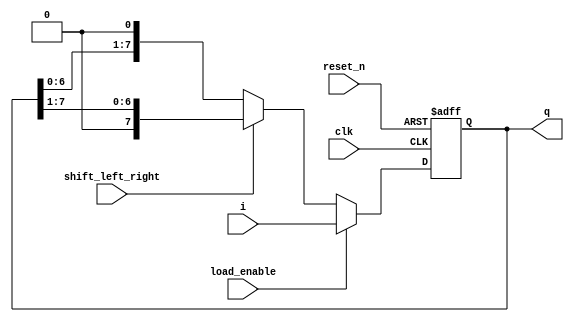
`timescale 1us/1ns 
module shift_left_right_reg(
  input reset_n,
  input clk,
  input [7:0] i, // 8 bit input
  input load_enable, // 1 for load and 0 for enable shifting
  input shift_left_right, // 0 for shift left and 1 for shift right
  output reg [7:0] q // 8 bit output
);
  
  // Async negative reset is used
  always @(posedge clk or negedge reset_n) begin 
    if (!reset_n)
      q <= 8'b0;
    else if (load_enable == 1 )
      q <= i;
    else begin 
      if(shift_left_right == 1'b0)
        q <= {q[6:0],1'b0};
      else
        q <= {1'b0,q[7:1]};
    end 
  end
endmodule